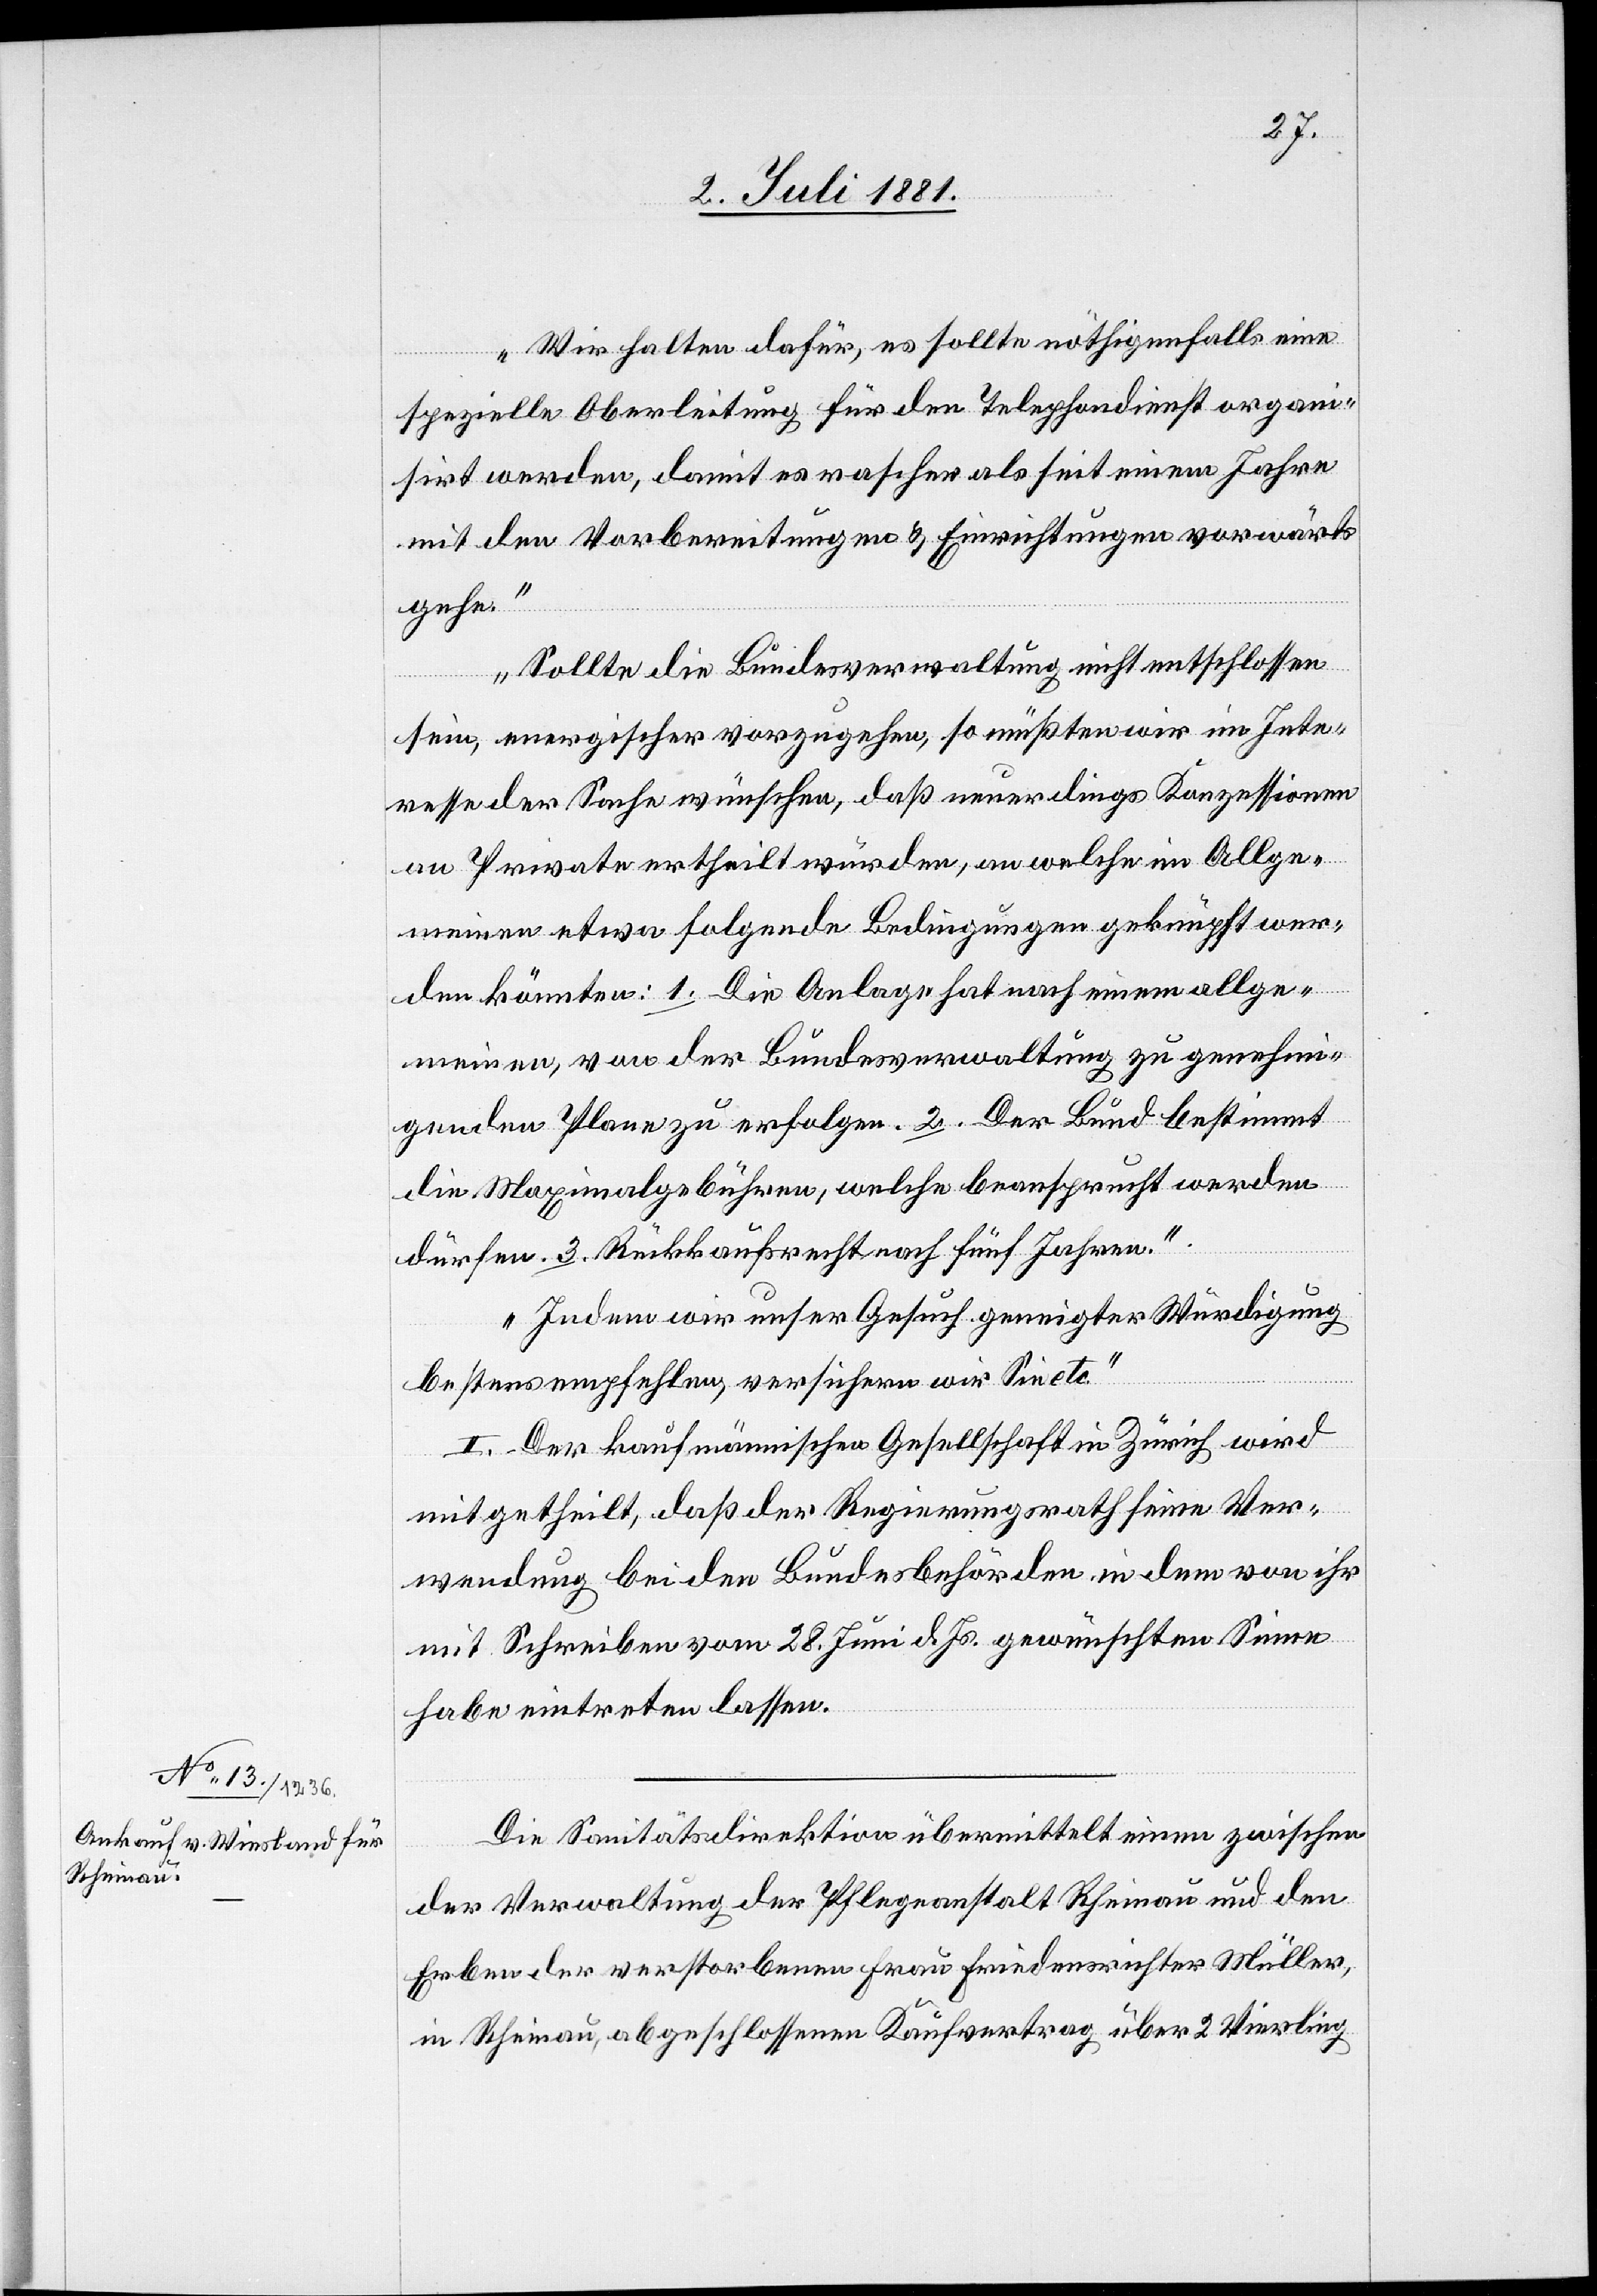
Wir halten dafür, es sollte nöthigenfalls eine
spezielle Oberleitung für den Telephondienst organi¬
sirt werden, damit es rascher als seit einem Jahre
mit den Vorbereitungen & Einrichtungen vorwärts
gehe.
Sollte die Bundesverwaltung nicht entschlossen
sein, energischer vorzugehen, so müßten wir im Inte¬
resse der Sache wünschen, daß neuerdings Konzessionen
an Private ertheilt würden, an welche im Allge¬
meinen etwa folgende Bedingungen geknüpft wer¬
den könnten: 1. Die Anlage hat nach einem allge¬
meinen, von der Bundesverwaltung zu genehmi¬
genden Plane zu erfolgen. 2. Der Bund bestimmt
die Maximalgebühren, welche beansprucht werden
dürfen. 3. Rückkaufsrecht nach fünf Jahren.
Indem wir unser Gesuch geneigter Würdigung
bestens empfehlen, versichern wir Sie etc.“
II. Der kaufmännischen Gesellschaft in Zürich wird
mitgetheilt, daß der Regierungsrath seine Ver¬
wendung beider Landesbehörden in dem von ihr
mit Schreiben vom 28. Juni d. Js. gewünschten Sinne
habe eintreten lassen.
Die Sanitätsdirektion übermittelt einen zwischen
der Verwaltung der Pflegeanstalt Rheinau und den
Erben der verstorbenen Frau Friedensrichter Müller,
in Rheinau, abgeschlossenen Kaufvertrag über 2 Vierling